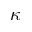
\kappa